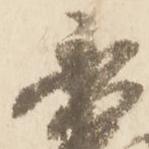
秀